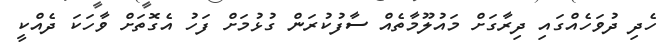
ހެދި ދުވަހެއްގައި ދިރާގަށް މައުލޫމާތެއް ސާފުކުރަން ގުޅުމަށް ފަހު އެގޮތަށް ވާހަކަ ދެއްކީ